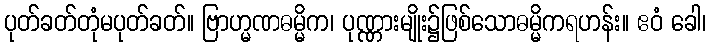
ပုတ်ခတ်တုံမပုတ်ခတ်။ ဗြာဟ္မဏဓမ္မိက၊ ပုဏ္ဏားမျိုး၌ဖြစ်သောဓမ္မိကရဟန်း။ ဧဝံ ခေါ၊